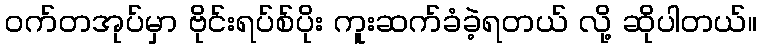
ဝက်တအုပ်မှာ ဗိုင်းရပ်စ်ပိုး ကူးဆက်ခံခဲ့ရတယ် လို့ ဆိုပါတယ်။